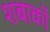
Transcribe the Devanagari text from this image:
शबाकों